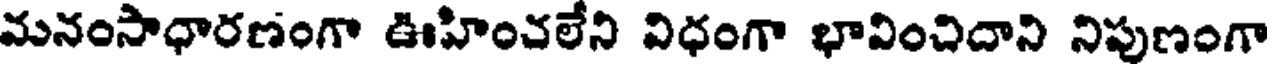
మనంసాధారణంగా ఊహించలేని విధంగా భావించిదాని నిపుణంగా